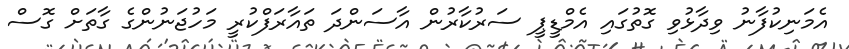
އެމަނިކުފާނު ވިދާޅުވި ގޮތުގައި އެމްޑީޕީ ސަރުކާރުން އާސަންދަ ތައާރަފްކުރީ މަހުޖަނުންގެ ގާތަށް ގޮސް